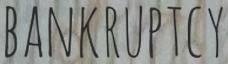
BANKRUPTCY